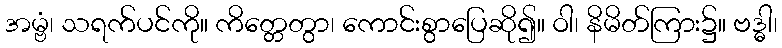
အမ္ဗံ၊ သရက်ပင်ကို။ ကိတ္တေတွာ၊ ကောင်းစွာပြေဆို၍။ ဝါ၊ နိမိတ်ကြား၌။ ဗဒ္ဓါ၊